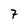
Character: 7